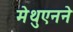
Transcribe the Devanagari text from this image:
मेथुएनने